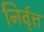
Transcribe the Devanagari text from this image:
निर्वृत्त